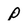
Character: p